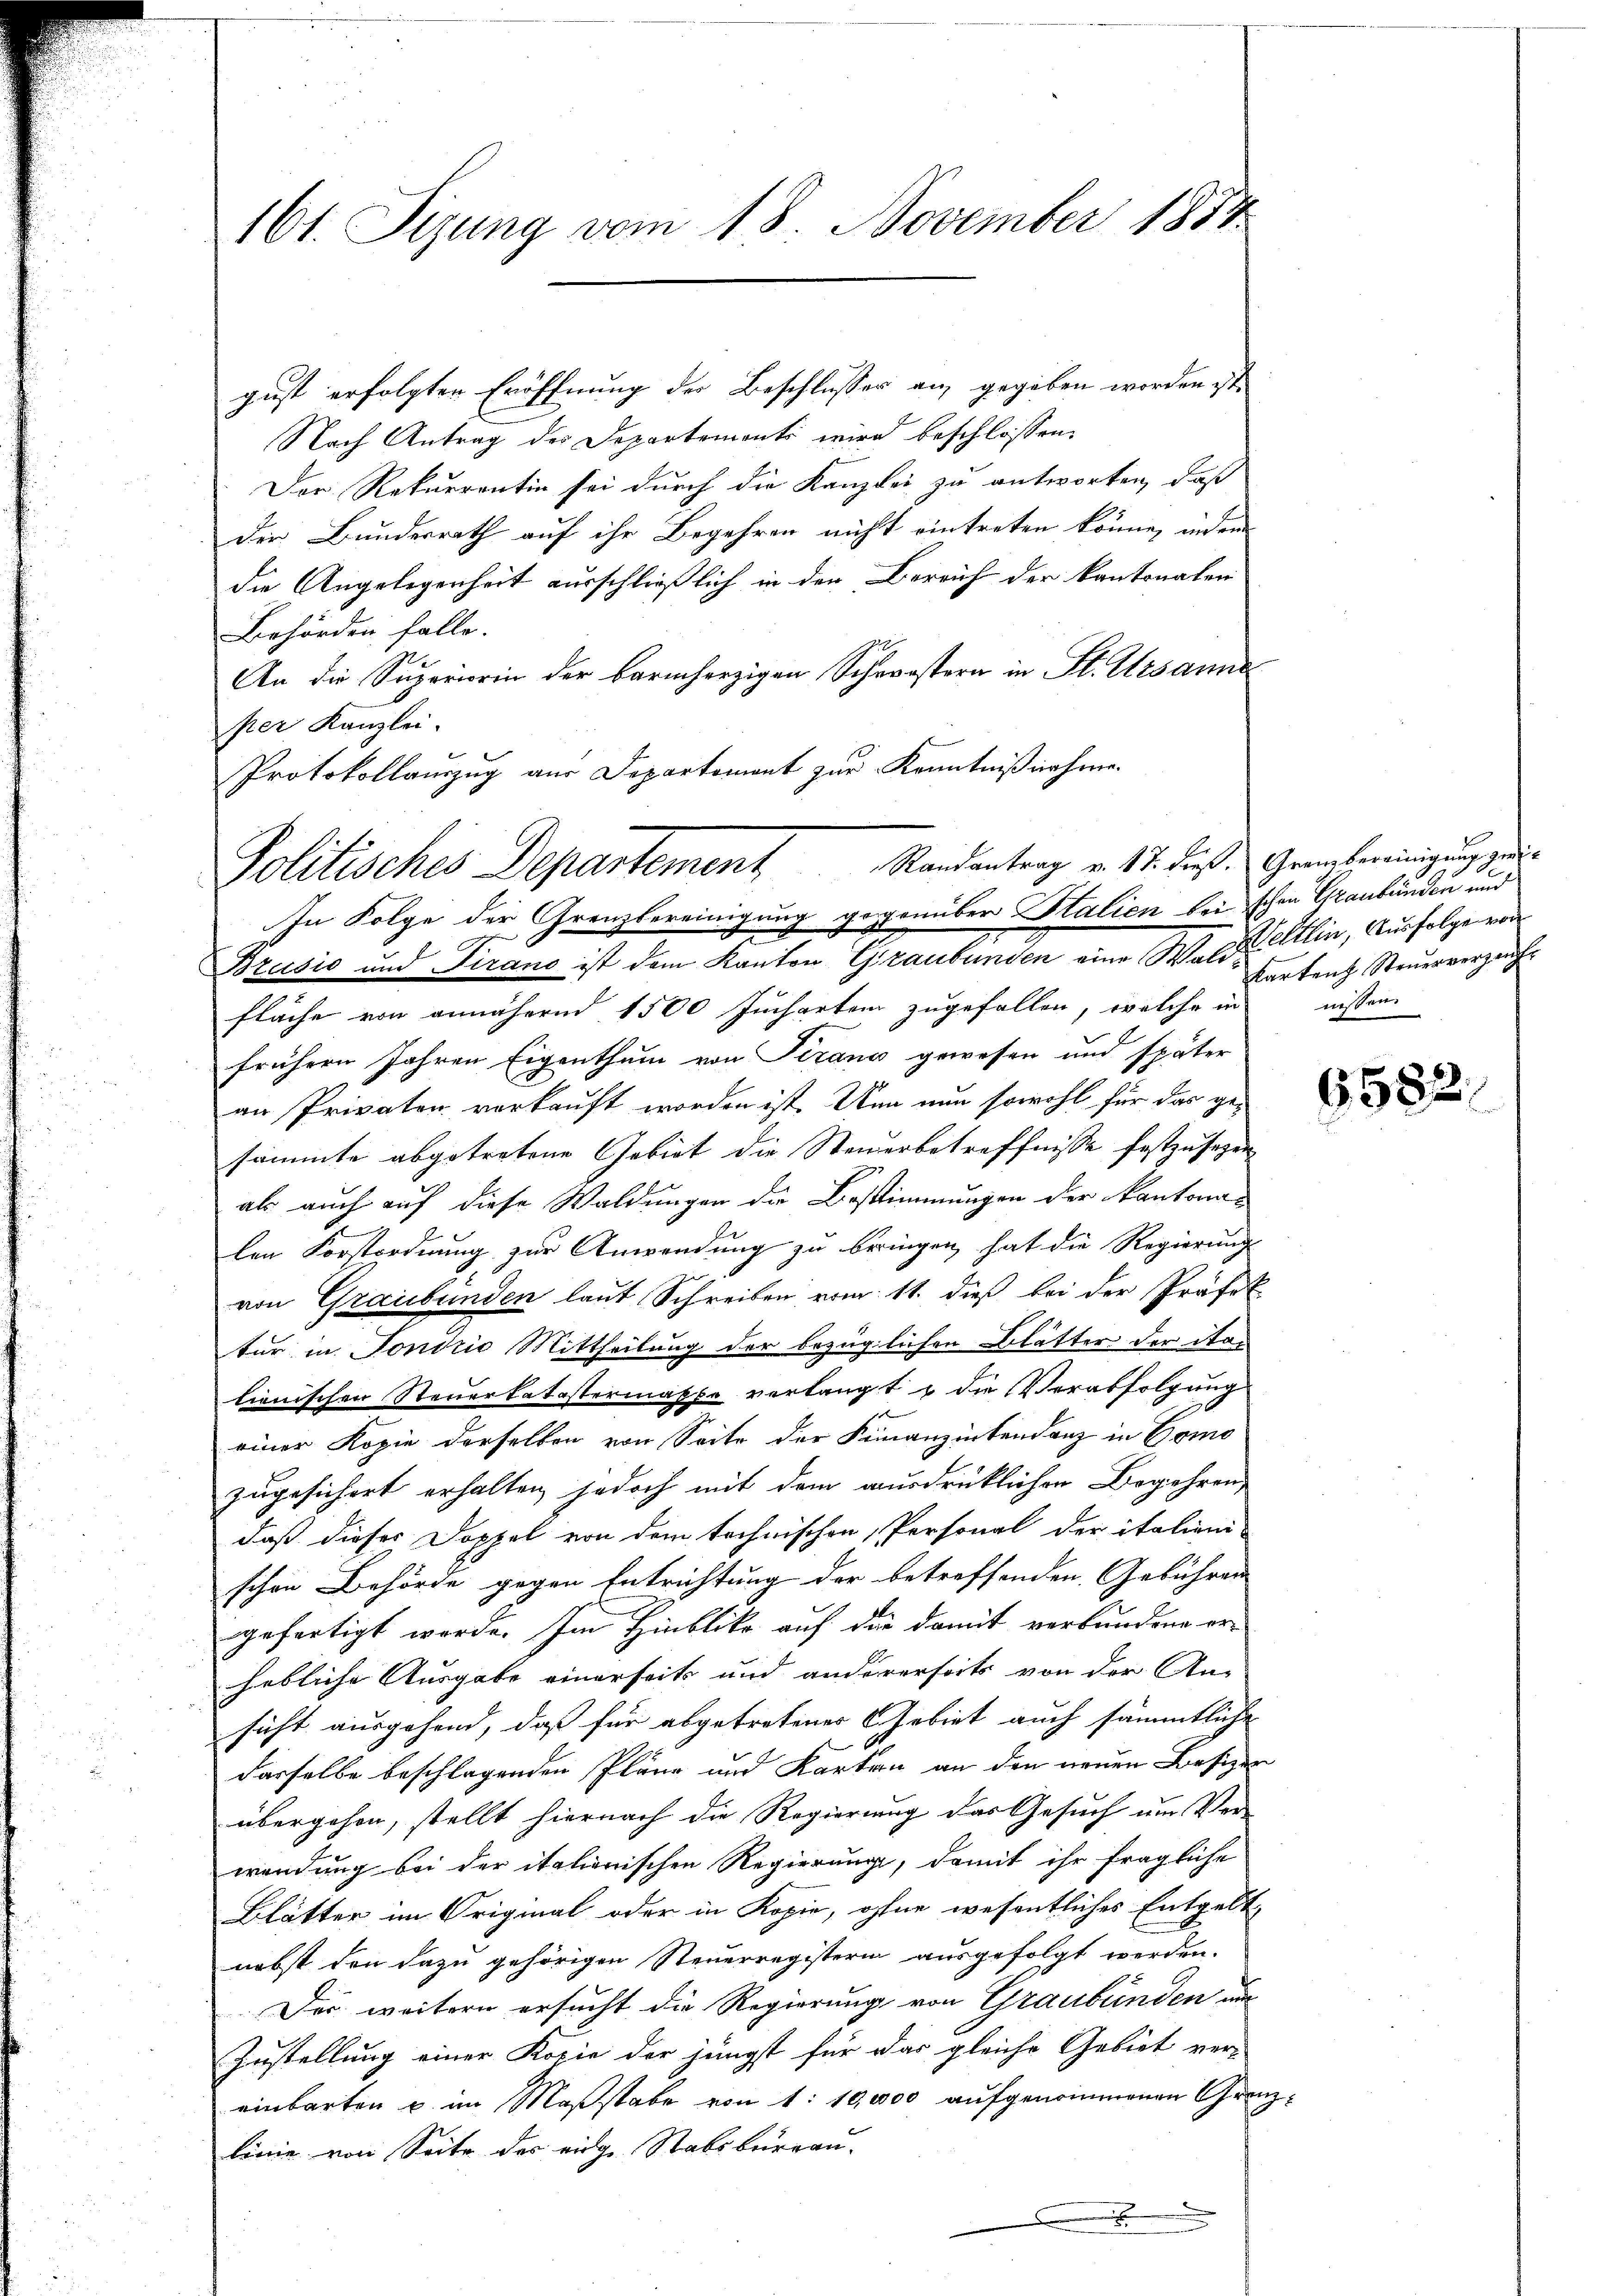
161. Tizung vom 18. November 1874.

gust erfolgten Eröffnung der Beschlusser an, gegeben worden ist.
Nach Antrag des Departements wird beschlossen:
Der Rekurrentin sei durch die Kanzlei zu antworten, daß
die Bundesrath auf ihr Begehren nicht eintreten könne, in ein
die Angelegenheit ausschließlich in den Bereich der kantonalen
Behörden falle.
An die Superiorin der barmherzigen Schwestern in St. Ursanne
per Kanzlei.
Protokollauszug aus Departement zur Kenntnißnahme.
E
E
Brusić und Tirano ist dem Kanton Graubünden eine Wastettlin, Ausfolge von
fläche von annähernd 1500 Juchartem zugefallen, welche in
frühern Jahren Eigenthum von Serano gewesen und später
an Privaten vorkauft worden ist. Und nun sowohl für das ge-
sammte abgetretene Gebiet die Steuerbetreffnisse festzusagen,
als auch auf diese Waldungen die Bestimmungen der Kantonas
e
len Forstordnung zur Anwendung zu beringen, hat die Regierungs
von Graubünden laut Schreiben vom 11. dieß bei der Präfek
tur in Fondrio Mittheilung der bezüglichen Blätter der Stan
lienischen Steuerkatastermasse verlangt u die Verabfolgung
einer Kopie derselben von Seite der Finanzinsendenz in Como
zugesichert erhalten, jedoch mit dem ausdrüklichen Begehren,
daß dieses Doppel von dem technischen Personal der italien
schen Behörde gegen Entrichtung der betreffenden Gebühren
gefertigt werde. Im Hinblika auf die damit verbundene er-
hebliche Ausgabe einerseits und andererseits von der An-
sicht ausgehend, daß für abgetretener Gebiet auch sämmtliche
dasselbe beschlagenden Pläne und Karten an den neuen Besizer
übergehen, stellt hiernach die Regierung das Gesuch um Ver-
wendung bei der italienischen Regierung, damit ihr fragliche
Blätter im Original oder in Kopie, ohne wesentliches Entgelt
nebst den dazu gehörigen Steuerregisterin ausgefolgt werden.
Der weitern ersucht die Regierung von Graubünden au
Zustellung einer Kopie der jüngst für das gleiche Gebiet ver-
einbarten u. im Maßstabe von 1: 10,000 aufgenommenen Grenz
linie von Seite des eige Stabsbureau-
.

Politisches Departement Standentrag v. 17. dies Grambereinigung, die
In Folge der Grenzbereinigung gegenüber Stalien bei schon Graubünden und

karten Steuerverzeugnissen.

6582.